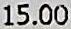
15.00